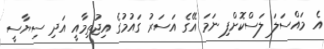
އެ މައްސަލަ ލަސްކޮށްފި ނަމަ އޭގެ އަސަރު ގައުމުގެ އިޖުތިމާއީ އަދި ސިޔާސީ